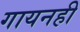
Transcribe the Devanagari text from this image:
गायनही